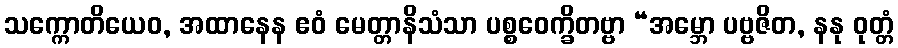
သက္ကောတိယေဝ, အထာနေန ဧဝံ မေတ္တာနိသံသာ ပစ္စဝေက္ခိတဗ္ဗာ “အမ္ဘော ပဗ္ဗဇိတ, နနု ဝုတ္တံ